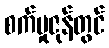
စက်မှုဇုန်တွင်